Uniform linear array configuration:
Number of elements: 32
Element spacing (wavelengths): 0.25
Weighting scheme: binomial
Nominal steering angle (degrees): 60
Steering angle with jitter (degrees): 59.2
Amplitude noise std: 0.05
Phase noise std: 0.05

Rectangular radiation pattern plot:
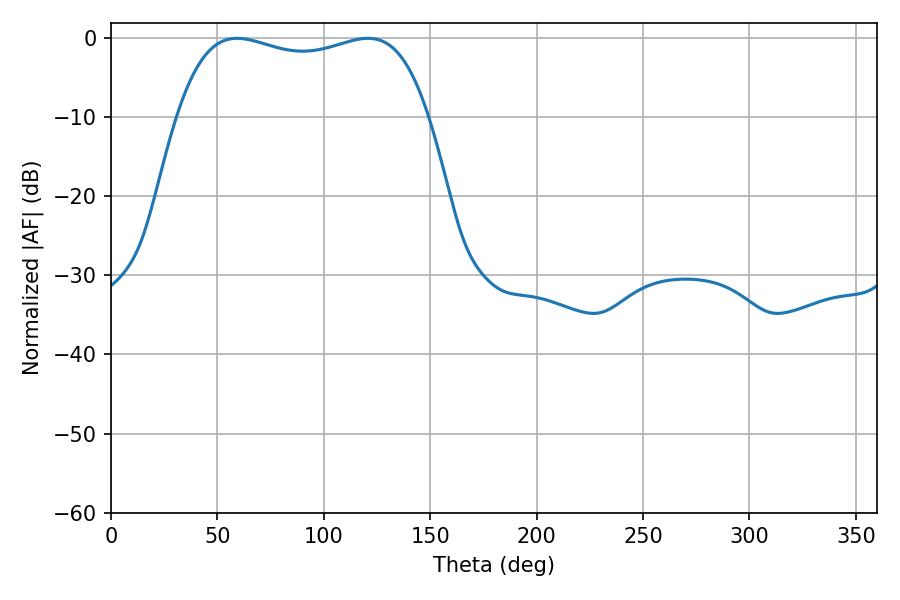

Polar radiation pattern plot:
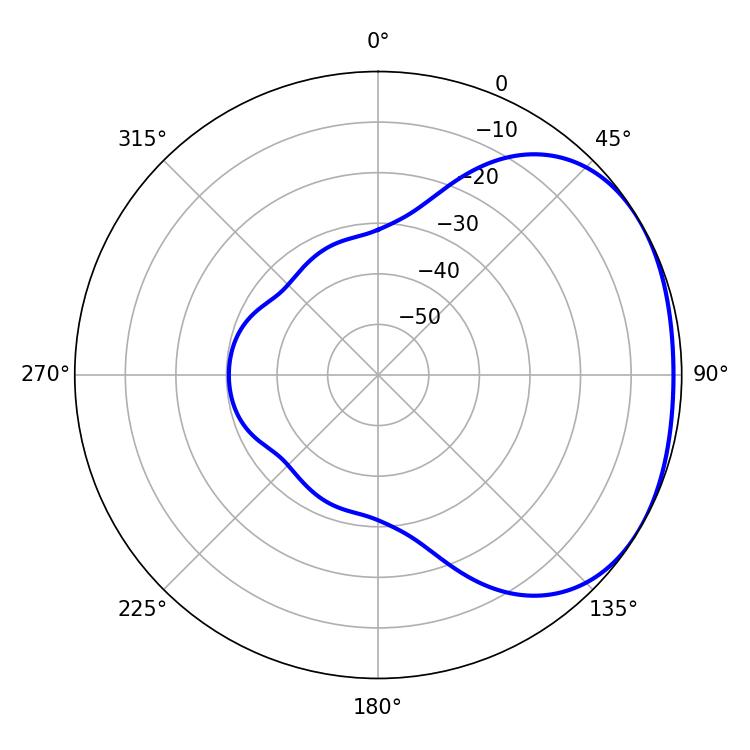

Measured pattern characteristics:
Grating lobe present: FALSE
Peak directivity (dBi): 1.867
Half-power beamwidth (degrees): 95.76
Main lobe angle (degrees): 59.22